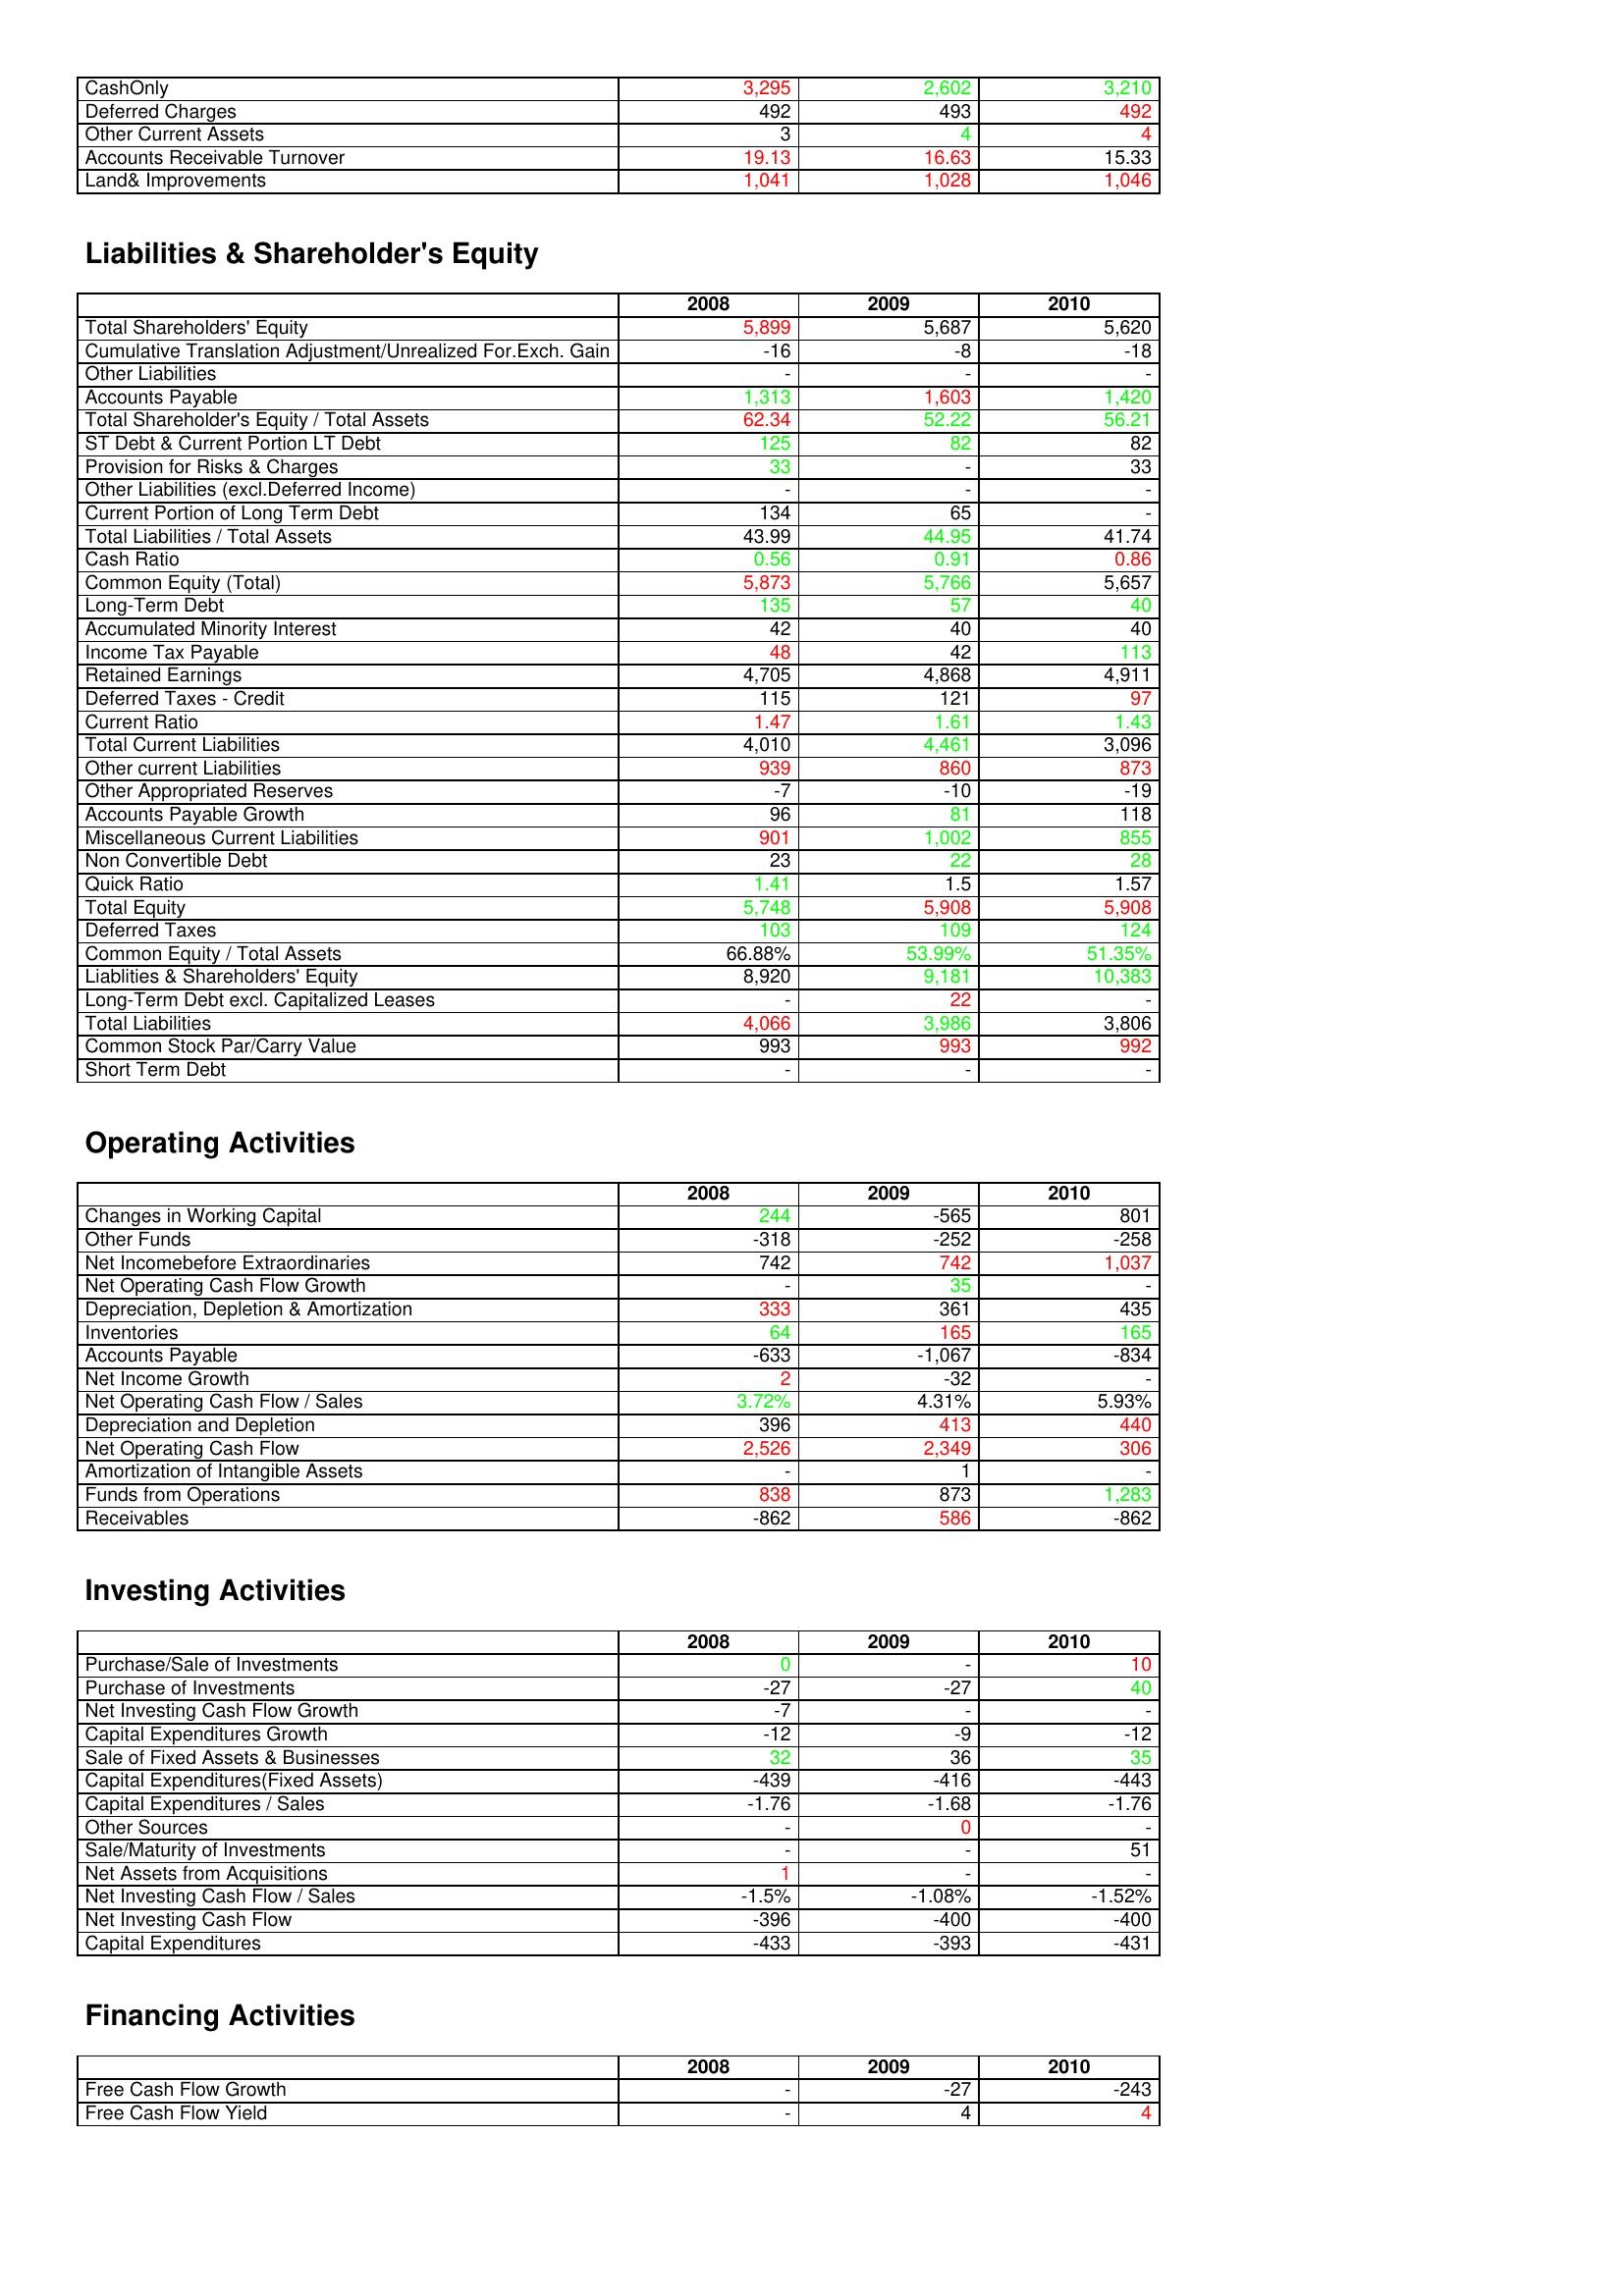
gt_parse: 2008: Assets: CashOnly: 3,295
Deferred Charges: 492
Other Current Assets: 3
Accounts Receivable Turnover: 19.13
Land& Improvements: 1,041
Liabilities & Shareholder's Equity: Total Shareholders' Equity: 5,899
Cumulative Translation Adjustment/Unrealized For.Exch. Gain: -16
Other Liabilities: -
Accounts Payable: 1,313
Total Shareholder's Equity / Total Assets: 62.34
ST Debt & Current Portion LT Debt: 125
Provision for Risks & Charges: 33
Other Liabilities (excl.Deferred Income): -
Current Portion of Long Term Debt: 134
Total Liabilities / Total Assets: 43.99
Cash Ratio: 0.56
Common Equity (Total): 5,873
Long-Term Debt: 135
Accumulated Minority Interest: 42
Income Tax Payable: 48
Retained Earnings: 4,705
Deferred Taxes - Credit: 115
Current Ratio: 1.47
Total Current Liabilities: 4,010
Other current Liabilities: 939
Other Appropriated Reserves: -7
Accounts Payable Growth: 96
Miscellaneous Current Liabilities: 901
Non Convertible Debt: 23
Quick Ratio: 1.41
Total Equity: 5,748
Deferred Taxes: 103
Common Equity / Total Assets: 66.88%
Liablities & Shareholders' Equity: 8,920
Long-Term Debt excl. Capitalized Leases: -
Total Liabilities: 4,066
Common Stock Par/Carry Value: 993
Short Term Debt: -
Operating Activities: Changes in Working Capital: 244
Other Funds: -318
Net Incomebefore Extraordinaries: 742
Net Operating Cash Flow Growth: -
Depreciation, Depletion & Amortization: 333
Inventories: 64
Accounts Payable: -633
Net Income Growth: 2
Net Operating Cash Flow / Sales: 3.72%
Depreciation and Depletion: 396
Net Operating Cash Flow: 2,526
Amortization of Intangible Assets: -
Funds from Operations: 838
Receivables: -862
Investing Activities: Purchase/Sale of Investments: 0
Purchase of Investments: -27
Net Investing Cash Flow Growth: -7
Capital Expenditures Growth: -12
Sale of Fixed Assets & Businesses: 32
Capital Expenditures(Fixed Assets): -439
Capital Expenditures / Sales: -1.76
Other Sources: -
Sale/Maturity of Investments: -
Net Assets from Acquisitions: 1
Net Investing Cash Flow / Sales: -1.5%
Net Investing Cash Flow: -396
Capital Expenditures: -433
Financing Activities: Free Cash Flow Growth: -
Free Cash Flow Yield: -
2009: Assets: CashOnly: 2,602
Deferred Charges: 493
Other Current Assets: 4
Accounts Receivable Turnover: 16.63
Land& Improvements: 1,028
Liabilities & Shareholder's Equity: Total Shareholders' Equity: 5,687
Cumulative Translation Adjustment/Unrealized For.Exch. Gain: -8
Other Liabilities: -
Accounts Payable: 1,603
Total Shareholder's Equity / Total Assets: 52.22
ST Debt & Current Portion LT Debt: 82
Provision for Risks & Charges: -
Other Liabilities (excl.Deferred Income): -
Current Portion of Long Term Debt: 65
Total Liabilities / Total Assets: 44.95
Cash Ratio: 0.91
Common Equity (Total): 5,766
Long-Term Debt: 57
Accumulated Minority Interest: 40
Income Tax Payable: 42
Retained Earnings: 4,868
Deferred Taxes - Credit: 121
Current Ratio: 1.61
Total Current Liabilities: 4,461
Other current Liabilities: 860
Other Appropriated Reserves: -10
Accounts Payable Growth: 81
Miscellaneous Current Liabilities: 1,002
Non Convertible Debt: 22
Quick Ratio: 1.5
Total Equity: 5,908
Deferred Taxes: 109
Common Equity / Total Assets: 53.99%
Liablities & Shareholders' Equity: 9,181
Long-Term Debt excl. Capitalized Leases: 22
Total Liabilities: 3,986
Common Stock Par/Carry Value: 993
Short Term Debt: -
Operating Activities: Changes in Working Capital: -565
Other Funds: -252
Net Incomebefore Extraordinaries: 742
Net Operating Cash Flow Growth: 35
Depreciation, Depletion & Amortization: 361
Inventories: 165
Accounts Payable: -1,067
Net Income Growth: -32
Net Operating Cash Flow / Sales: 4.31%
Depreciation and Depletion: 413
Net Operating Cash Flow: 2,349
Amortization of Intangible Assets: 1
Funds from Operations: 873
Receivables: 586
Investing Activities: Purchase/Sale of Investments: -
Purchase of Investments: -27
Net Investing Cash Flow Growth: -
Capital Expenditures Growth: -9
Sale of Fixed Assets & Businesses: 36
Capital Expenditures(Fixed Assets): -416
Capital Expenditures / Sales: -1.68
Other Sources: 0
Sale/Maturity of Investments: -
Net Assets from Acquisitions: -
Net Investing Cash Flow / Sales: -1.08%
Net Investing Cash Flow: -400
Capital Expenditures: -393
Financing Activities: Free Cash Flow Growth: -27
Free Cash Flow Yield: 4
2010: Assets: CashOnly: 3,210
Deferred Charges: 492
Other Current Assets: 4
Accounts Receivable Turnover: 15.33
Land& Improvements: 1,046
Liabilities & Shareholder's Equity: Total Shareholders' Equity: 5,620
Cumulative Translation Adjustment/Unrealized For.Exch. Gain: -18
Other Liabilities: -
Accounts Payable: 1,420
Total Shareholder's Equity / Total Assets: 56.21
ST Debt & Current Portion LT Debt: 82
Provision for Risks & Charges: 33
Other Liabilities (excl.Deferred Income): -
Current Portion of Long Term Debt: -
Total Liabilities / Total Assets: 41.74
Cash Ratio: 0.86
Common Equity (Total): 5,657
Long-Term Debt: 40
Accumulated Minority Interest: 40
Income Tax Payable: 113
Retained Earnings: 4,911
Deferred Taxes - Credit: 97
Current Ratio: 1.43
Total Current Liabilities: 3,096
Other current Liabilities: 873
Other Appropriated Reserves: -19
Accounts Payable Growth: 118
Miscellaneous Current Liabilities: 855
Non Convertible Debt: 28
Quick Ratio: 1.57
Total Equity: 5,908
Deferred Taxes: 124
Common Equity / Total Assets: 51.35%
Liablities & Shareholders' Equity: 10,383
Long-Term Debt excl. Capitalized Leases: -
Total Liabilities: 3,806
Common Stock Par/Carry Value: 992
Short Term Debt: -
Operating Activities: Changes in Working Capital: 801
Other Funds: -258
Net Incomebefore Extraordinaries: 1,037
Net Operating Cash Flow Growth: -
Depreciation, Depletion & Amortization: 435
Inventories: 165
Accounts Payable: -834
Net Income Growth: -
Net Operating Cash Flow / Sales: 5.93%
Depreciation and Depletion: 440
Net Operating Cash Flow: 306
Amortization of Intangible Assets: -
Funds from Operations: 1,283
Receivables: -862
Investing Activities: Purchase/Sale of Investments: 10
Purchase of Investments: 40
Net Investing Cash Flow Growth: -
Capital Expenditures Growth: -12
Sale of Fixed Assets & Businesses: 35
Capital Expenditures(Fixed Assets): -443
Capital Expenditures / Sales: -1.76
Other Sources: -
Sale/Maturity of Investments: 51
Net Assets from Acquisitions: -
Net Investing Cash Flow / Sales: -1.52%
Net Investing Cash Flow: -400
Capital Expenditures: -431
Financing Activities: Free Cash Flow Growth: -243
Free Cash Flow Yield: 4